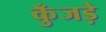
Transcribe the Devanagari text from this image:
कुँजड़े